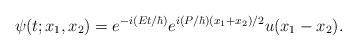
\begin{align*}\psi(t; x_1, x_2) = e^{-i({Et}/{\hbar})} e^{i({P}/{\hbar}) {(x_1+x_2)}/{2}}u(x_1-x_2) . \end{align*}